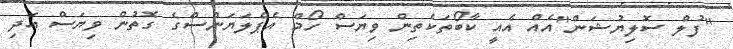
"ފުލް ސޮލިޔުޝަން"އެއް އެއީ ކާބޯތަކެތިން ވިޔަސް ހޯމް އެޕްލަޔަންސްގެ ގޮތުން ވިޔަސް އަދި